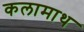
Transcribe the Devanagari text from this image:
कलामाथ